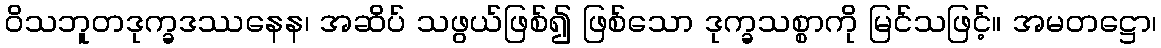
ဝိသဘူတဒုက္ခဒဿနေန၊ အဆိပ် သဖွယ်ဖြစ်၍ ဖြစ်သော ဒုက္ခသစ္စာကို မြင်သဖြင့်။ အမတဋ္ဌော၊